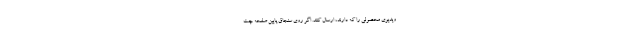
ویدیوی محصولی را که دارند، ارسال کنند. اگر روی سنجاق پایین صفحه چت